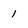
Character: 1